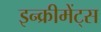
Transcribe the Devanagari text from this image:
इन्‍क्रीमेंट्‌स